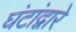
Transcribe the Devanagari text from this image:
घंटांद्वारे